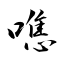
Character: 噍